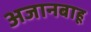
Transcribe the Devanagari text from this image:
अजानबाहू